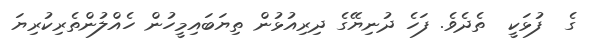
ގެ  ފުޅަކީ  ތެދެވެ. ފަހެ ދުނިޔޭގެ ދިރިއުޅުން ތިޔަބައިމީހުން ހެއްލުންތެރިކުރިޔަ